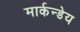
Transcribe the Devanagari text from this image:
मार्कन्डेय